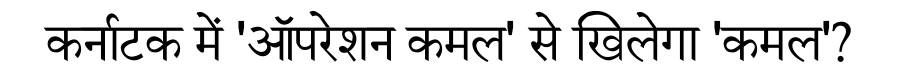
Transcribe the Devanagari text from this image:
कर्नाटक में 'ऑपरेशन कमल' से खिलेगा 'कमल'?